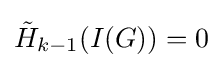
{\tilde {H}}_{k-1}(I(G))=0